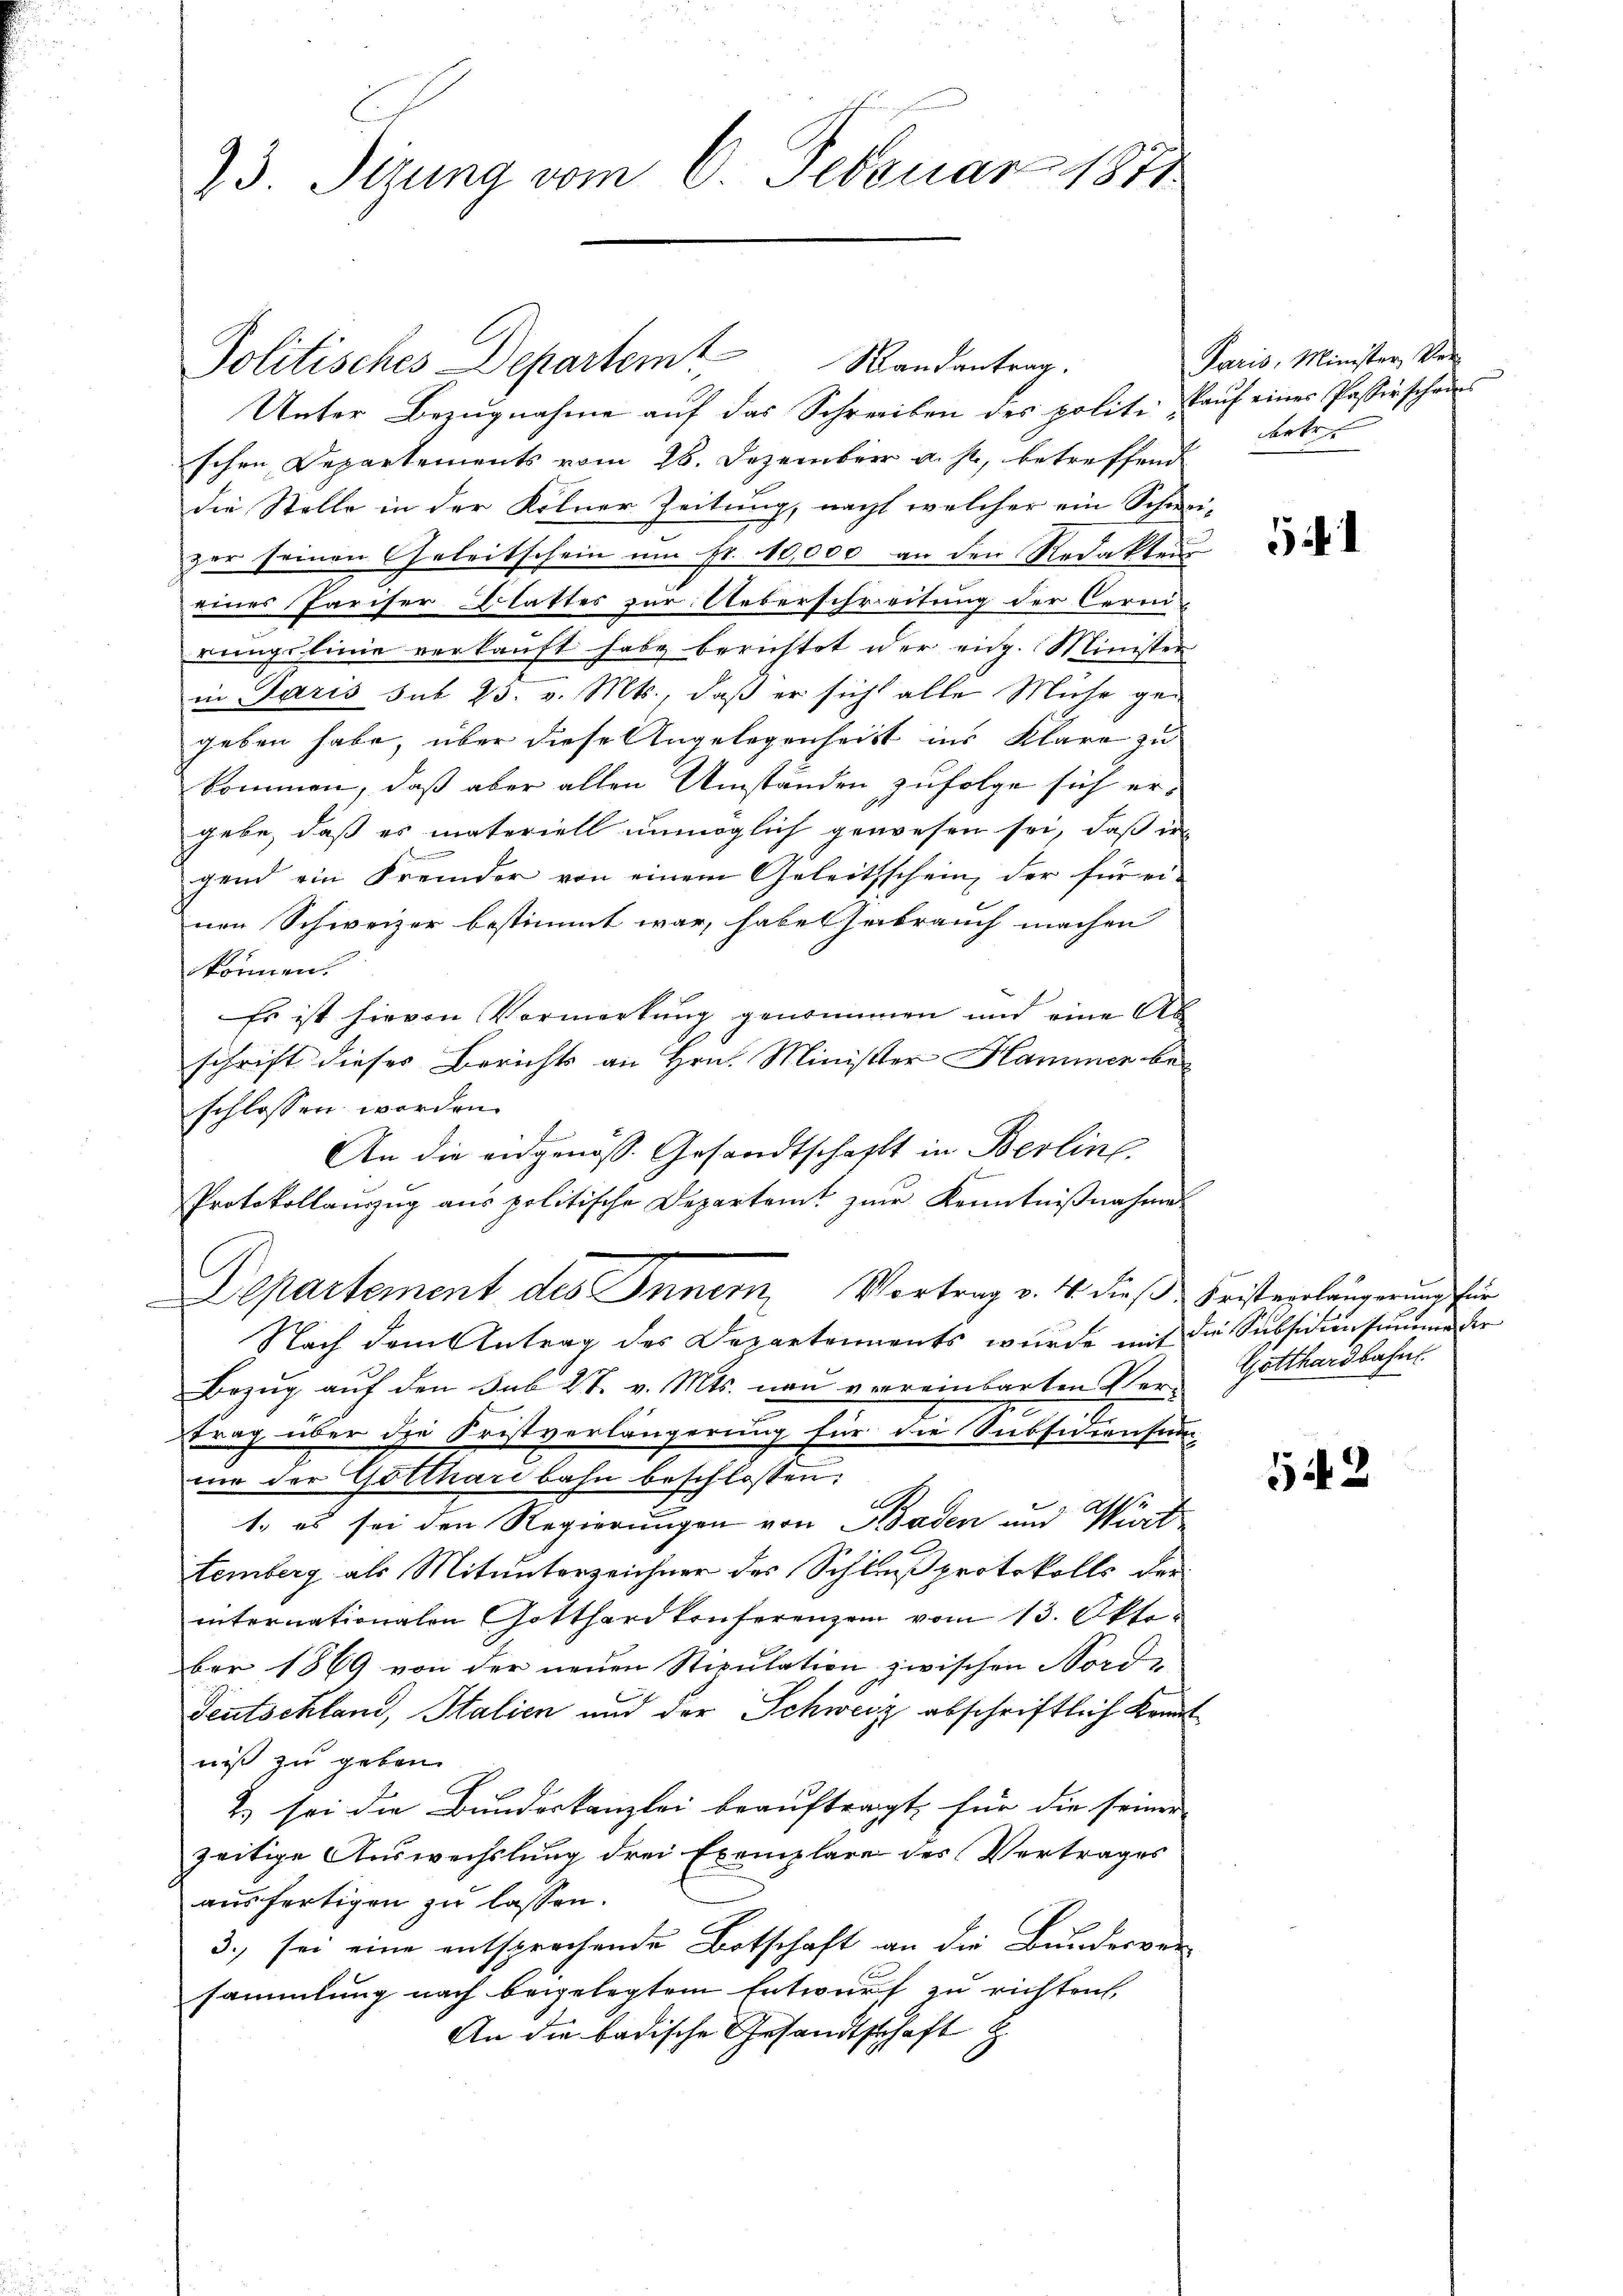
23. Sizung vom 6. Februar 1848

Politisches Departem Randantrag.
Unter Bezŭgnahme aŭf das Schreiben des polit. Kaŭf einer Passirschen
schen Departements vom 26. Dezember a. p., betreffend
die Stelle in der Kölner Zeitung, nacht welcher ein Schwei-
zer seinen Geleitschein um Fr. 10,000 an den Redaktens
eines Pariser Blattes zur Ueberschreitung der Cere
rungslinie verkauft habe berichtet wer eidg. Minister
in Paris sub 25. v. Mts., daß er sich alle Mühe ge-
geben habe, über diese Angelegenheit ins Klare zu
kommen, daß aber allen Umständen zufolge sich ergebe, daß es materiell unmöglich gewesen sei, daß er
.
gend ein Fremder von einem Geleitsschein, der für ei-
nen Schweizer bestimmt war, habet habrauch machen
können.
Es ist hievon Vormerkung genommen und eine Ab
schrift dieses Berichts an Hrn. Minister Hammer beschlossen worden.
An die eidgenöss. Gesandtschafft in Berlin.
Protokollauszug aus politische Departeit zur Kenntnißnahme
Departement des Innern, Vortrag v. 4. dieß Fristerlängerung für
Nach dem Antrag des Departements wurde mit die Subsidionsumme der
Bezug auf den sub 27. v. Mts. nau verreinbarten Vertrag über die Fristverlängerung für die Subsidiensam
me der Gotthardbahn beschlossen:
1
1., es sei den Regierungen von Baden und Wirt
temberg als Mitunterzeichner des Schluß protokolls der
internationalen Gotthardkonferenzen vom 13. Oktober 1869 von der neuen Stipulation zwischen Nord¬
Deutschland, Italien und der Schweiz abschriftlich kannt
niß zu geben.
2 sei die Bundeskanzlei beauftragt, für die seiner
zeitige Auswechslung drei Exemplare des Vertrages
ausfertigen zu lassen.
3., sei eine entsprechende Botschaft an die Bundesversammlung nach beigelegtem Entwurf zu richten,
An die badische Gesandtschaft

Paris, Minister Ver-
ertr

5

Gotthardbahn.

543